Vaccination North-Western Provinces and Oudh 1896-1901 - 1896-1901
Year: 1896
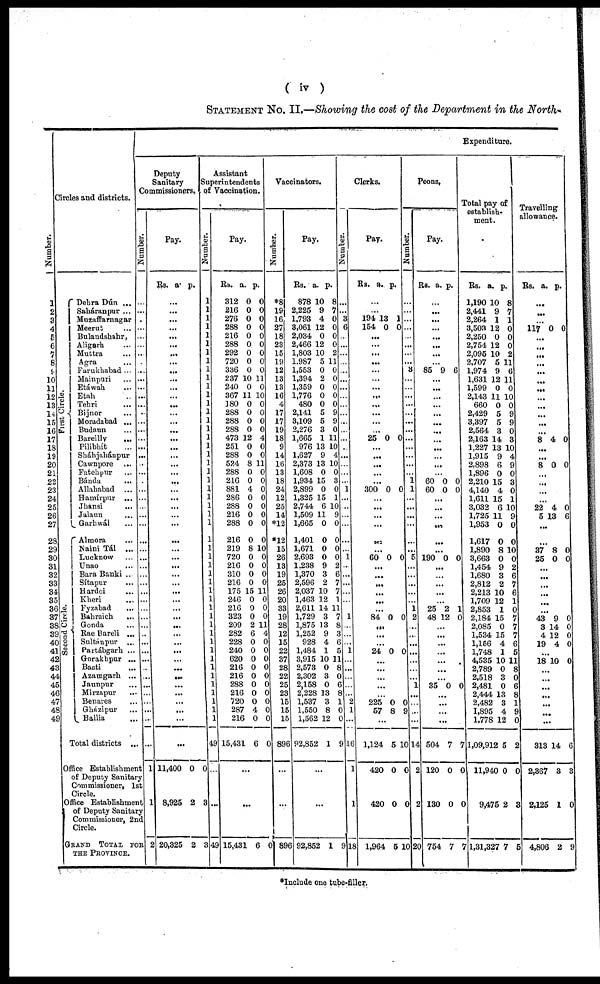
( iv )
STATEMENT No. II.—Showing the cost of the Department in the North-
Number.
1
2
3
4
5
6
7
8
9
10
11
12
13
14
15
16
17
18
19
20
21
22
23
24
25
26
27
28
29
30
31
32
33
34
35
36
37
38
39
40
41
42
43
44
45
46
47
48
49
Circles and districts.
First Circle.
Second Circle.
Dehra Dán ...
Saháranpur
...
Muzaffarnagar
Meerut
...
Bulandshahr,
Aligara
...
Muttra
...
Agra ...
Farukhabad
...
Mainpuri
...
Etáwah
...
Etah
...
Tehri
...
Bijnor ...
Moradabad
...
Budaun
...
Bareilly
...
Pilibhít
...
Sháhjahánpur ...
Cawnpore ...
Fatehpur
...
Bánda
...
Allahabad
...
Hamírpur
...
Jhánsi
...
Jalaun
...
Garhwál
...
Almora
...
Naini Tál
...
Lucknow
...
Unao
...
Bara Banki
...
Sítapur
...
Hardoi
...
Kheri
...
Fyzabad
...
Bahraich
...
Gonda ...
Rae Bareli ...
Sultánpur ...
Partábgarh ...
Gorakhpur ...
Basti ...
Azamgarh ...
Jaunpur ...
Mirzapur ...
Benares ...
Gházipur ...
Ballia ...
Total districts ...
Office Establishment
of Deputy Sanitary
Commissioner, 1st
Circle.
Office Establishment
of Deputy Sanitary
Commissioner, 2nd
Circle.
GRAND TOTAL FOR
THE PROVINCE.
Expenditure.
Deputy
Sanitary
Commissioners.
Number.
...
...
...
...
...
...
...
...
...
...
...
...
...
...
...
...
...
...
...
...
...
...
...
...
...
..
...
...
...
...
..
...
...
...
...
...
...
...
...
...
...
...
...
...
...
...
...
...
...
...
1
1
2
Pay.
Rs. a. p.
...
...
...
...
...
...
...
...
...
...
...
...
...
...
...
...
...
...
...
...
...
...
...
...
...
...
...
...
...
...
...
...
...
...
...
...
...
...
...
...
...
...
...
...
...
...
...
...
...
...
11,400
8,925
20,325
0
2
2
0
3
3
Assistant
Superintendents
of Vaccination.
Number.
1
1
1
1
1
1
1
1
1
1
1
1
1
1
1
1
1
1
1
1
1
1
1
1
1
1
1
1
1
1
1
1
1
1
1
1
1
1
1
1
1
1
1
1
1
1
1
1
1
49
...
...
49
Pay.
Rs.
312
216
276
288
216
288
292
720
336
237
240
367
180
288
288
288
473
251
288
524
288
216
881
286
288
216
288
216
219
720
216
310
216
175
246
216
323
209
282
228
240
620
216
216
288
216
720
287
216
15,431
a.
0
0
0
0
0
0
0
0
0
10
0
11
0
0
0
0
12
0
0
8
0
0
4
0
0
0
0
0
8
0
0
0
0
15
0
0
0
2
6
0
0
0
0
0
0
0
0
4
0
6
p.
0
0
0
0
0
0
0
0
0
11
0
10
0
0
0
0
4
0
0
11
0
0
0
0
0
0
0
0
10
0
0
0
0
11
0
0
0
11
4
0
0
0
0
0
0
0
0
0
0
0
...
...
15,431 6 0
Vaccinators.
Number.
*8
19
16
27
18
23
15
19
12
13
13
16
4
17
17
19
18
9
14
16
13
18
24
12
25
14
*12
*12
15
26
13
19
25
26
20
33
19
28
12
15
22
37
28
22
25
23
15
15
15
896
...
...
896
Pay.
Rs.
878
2,225
1,793
3,061
2,034
2,466
1,803
1,987
1,553
1,394
1,359
1,776
480
2,141
3,109
2,276
1,665
976
1,627
2,373
1,608
1,934
2,899
1,325
2,744
1,509
1,665
1,401
1,671
2,693
1,238
1,370
2,596
2,037
1,463
2,611
1,729
1,875
1,252
928
1,484
3,915
2,573
2,302
2,158
2,228
1,537
1,550
1,562
92,852
a.
10
9
4
12
0
12
10
5
0
2
0
0
0
5
5
3
1
13
9
13
0
15
0
15
6
11
0
0
0
0
9
3
2
10
12
14
3
13
9
4
1
10
0
3
0
13
3 8
12
1
p.
8
7
0
0
0
0
2
11
0
0
0
0
0
9
9
0
11
10
4
10
0
3
0
1
10
9
0
0
0
0
2
6
7
7
1
11
7
8
3
6
5
11
8
0
6
8
1
0
0
9
...
...
92,852 1 9
Clerks.
Number.
...
...
3
6
...
...
...
...
...
...
...
...
...
...
...
...
...
...
...
...
...
...
1
...
...
...
...
...
...
1
...
...
...
...
...
...
1
...
...
...
1
...
...
...
...
...
2
1
...
16
1
1
18
Pay.
Rs. a.
p.
...
...
194
154
13
0
1
0
...
...
...
...
...
...
...
...
...
...
...
...
25 0 0
...
...
...
...
...
300 0 0
...
...
...
...
...
...
60 0 0
...
...
...
...
...
...
84 0 0
...
...
...
24 0 0
...
...
...
...
...
225
57
0
8
0
9
...
1,124
420
420
1,964
5
0
0
5
10
0
0
10
Peons.
Number.
...
...
...
...
...
...
...
...
3
...
...
...
...
...
...
...
...
...
...
...
...
1
1
...
...
...
...
...
...
5
...
...
...
...
...
1
2
...
...
...
...
...
...
...
1
...
...
...
...
14
2
2
20
Pay.
Rs. a.
p.
...
...
...
...
...
...
...
...
85 9 6
...
...
...
...
...
...
...
...
...
...
...
...
60
60
0
0
0
0
...
...
...
...
...
...
190 0 0
...
...
...
...
...
25
48
2
12
1
0
...
...
...
...
...
...
...
35 0 0
...
...
...
...
504
120
130
754
7
0
0
7
7
0
0
7
Total pay of
establish-
ment.
Rs.
1,190
2,441
2,264
3,503
2,250
2,754
2,096
2,707
1,974
1,631
1,599
2,143
660
2,429
3,397
2,564
2,163
1,227
1,915
2,898
1,896
2,210
4,140
1,611
3,032
1,725
1,953
1,617
1,890
3,663
1,454
1,680
2,812
2,213
1,709
2,853
2,184
2,085
1,534
1,156
1,748
4,535
2,789
2,518
2,481
2,444
2,482
1,895
1,778
1,09,912
11,940
9,475
1,31,327
a.
10
9
1
12
0
12
10
5
9
12
0
11
0
5
5
3
14
13
9
6
0
15
4
15
6
11
0
0
8
0
9
3
2
10
12
1
15
0
15
4
1
10
0
3
0
13
3
4
12
5
0
2
7
p.
8
7
1
0
0
0
2
11
6
11
0
10
0
9
9
0
3
10
4
9
0
3
0
1
10
9
0
0
10
0
2
6
7
6
1
0
7
7
7
6
5
11
8
0
6
8
1
9
0
2
0
3
5
Travelling
allowance.
Rs.
a. p.
...
...
...
117 0 0
...
...
...
...
...
...
...
...
...
...
...
...
8 4 0
...
...
8 0 0
...
...
...
...
22
5
4
13
0
6
...
...
37
25
8
0
0
0
...
...
...
...
...
...
43
3
4
19
9
14
12
4
0
0
0
0
...
18 10 0
...
...
...
...
...
...
...
313
2,367
2,125
4,806
14
3
1
2
6
3
0
9
*Include one tube-filler.